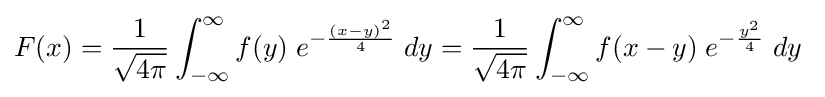
F(x)={\frac {1}{\sqrt {4\pi }}}\int _{-\infty }^{\infty }f(y)\;e^{-{\frac {(x-y)^{2}}{4}}}\;dy={\frac {1}{\sqrt {4\pi }}}\int _{-\infty }^{\infty }f(x-y)\;e^{-{\frac {y^{2}}{4}}}\;dy~